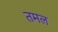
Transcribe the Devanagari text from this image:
तमल